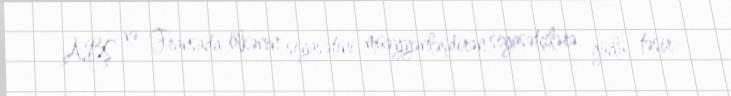
ABŞ və Fransada ölkənin siyasətini müəyyənləşdirən siyasətçilərə güclü təsir